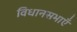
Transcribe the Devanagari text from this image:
विधानसभाएँ